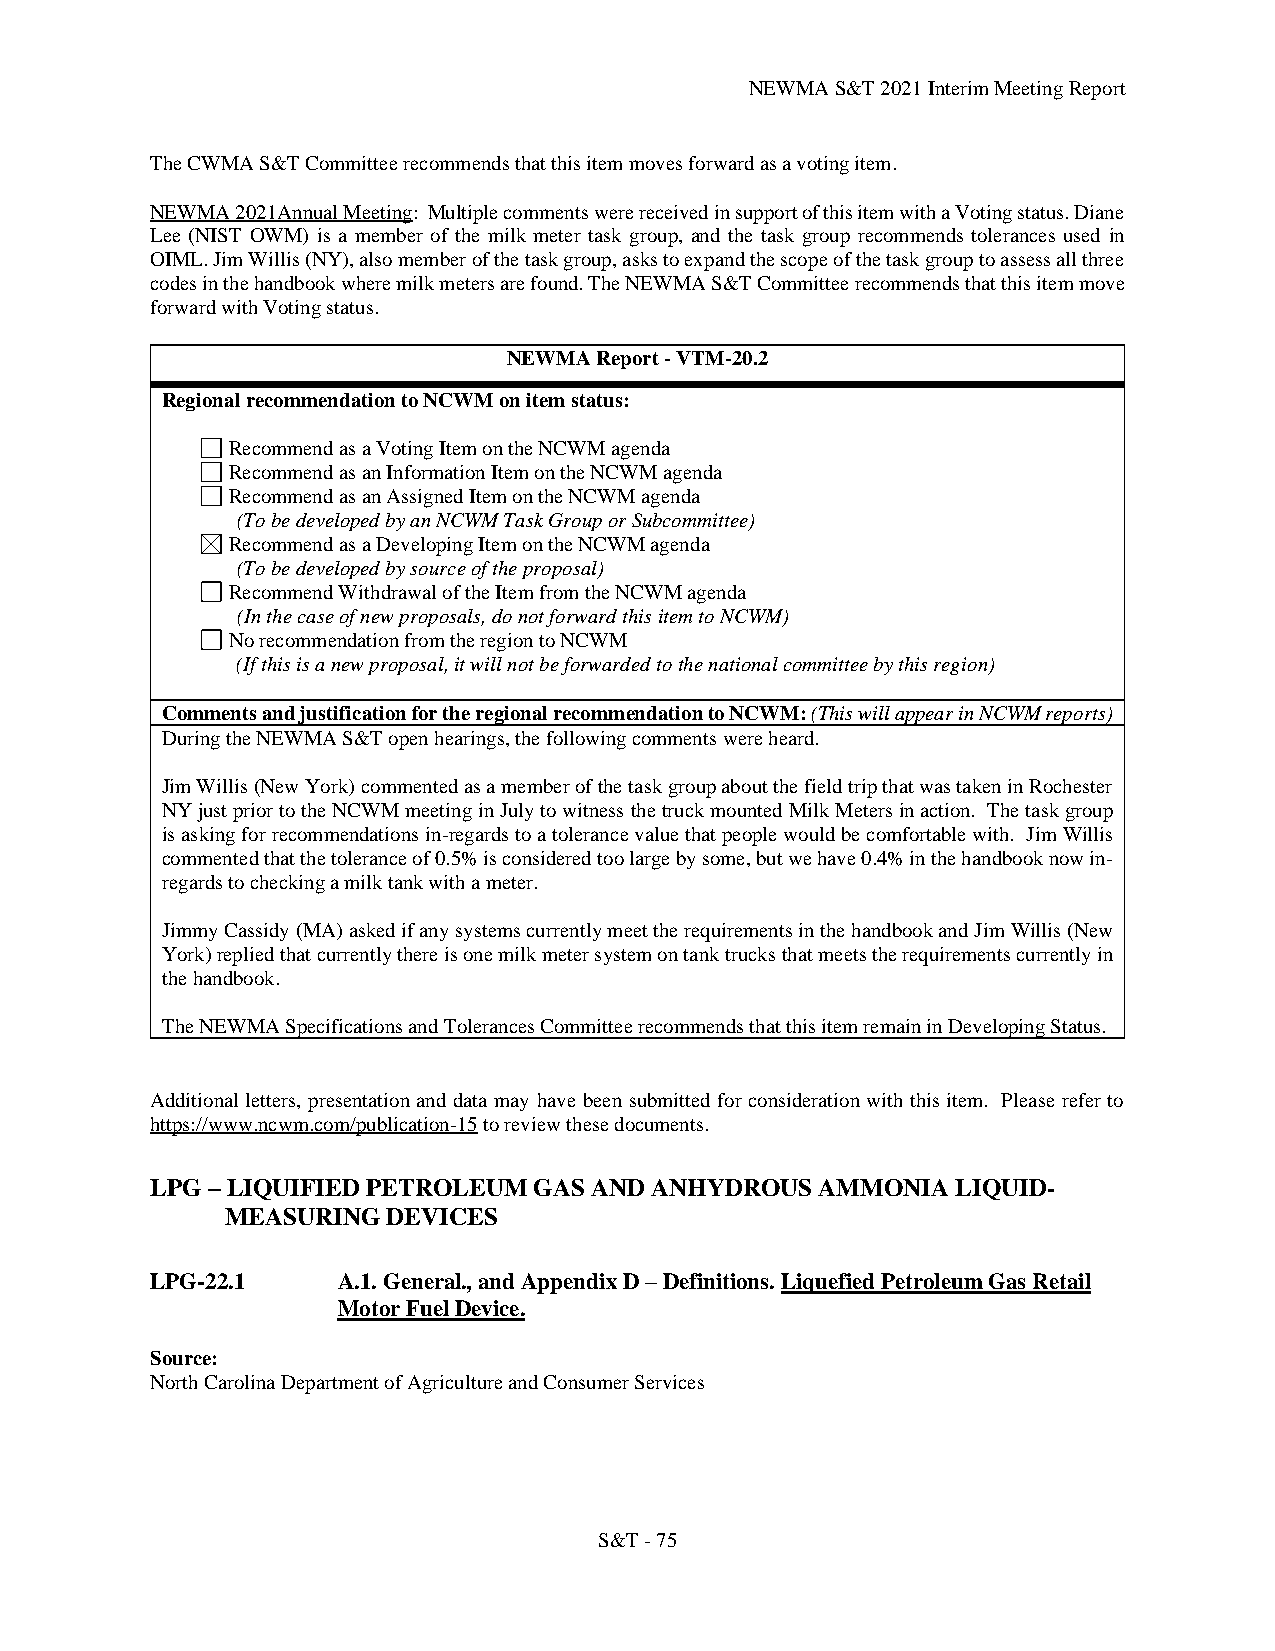
NEWMA S&T 2021 Interim Meeting Report
 The CWMA S&T Committee recommends that this item moves forward as a voting item.
 NEWMA 2021Annual Meeting: Multiple comments were received in support of this item with a Voting status. Diane
 Lee (NIST OWM) is a member of the milk meter task group, and the task group recommends tolerances used in
 OIML. Jim Willis (NY), also member of the task group, asks to expand the scope of the task group to assess all three
 codes in the handbook where milk meters are found. The NEWMA S&T Committee recommends that this item move
 forward with Voting status.
 NEWMA Report - VTM-20.2
 Regional recommendation to NCWM on item status:
 Recommend as a Voting Item on the NCWM agenda
 Recommend as an Information Item on the NCWM agenda
 Recommend as an Assigned Item on the NCWM agenda
 (To be developed by an NCWM Task Group or Subcommittee)
 Recommend as a Developing Item on the NCWM agenda
 (To be developed by source of the proposal)
 Recommend Withdrawal of the Item from the NCWM agenda
 (In the case of new proposals, do not forward this item to NCWM)
 No recommendation from the region to NCWM
 (If this is a new proposal, it will not be forwarded to the national committee by this region)
 Comments and justification for the regional recommendation to NCWM: (This will appear in NCWM reports)
 During the NEWMA S&T open hearings, the following comments were heard.
 Jim Willis (New York) commented as a member of the task group about the field trip that was taken in Rochester
 NY just prior to the NCWM meeting in July to witness the truck mounted Milk Meters in action. The task group
 is asking for recommendations in-regards to a tolerance value that people would be comfortable with. Jim Willis
 commented that the tolerance of 0.5% is considered too large by some, but we have 0.4% in the handbook now in-
 regards to checking a milk tank with a meter.
 Jimmy Cassidy (MA) asked if any systems currently meet the requirements in the handbook and Jim Willis (New
 York) replied that currently there is one milk meter system on tank trucks that meets the requirements currently in
 the handbook.
 The NEWMA Specifications and Tolerances Committee recommends that this item remain in Developing Status.
 Additional letters, presentation and data may have been submitted for consideration with this item. Please refer to
 https://www.ncwm.com/publication-15 to review these documents.
 LPG – LIQUIFIED PETROLEUM GAS AND ANHYDROUS AMMONIA  LIQUID-
 MEASURING  DEVICES
 LPG-22.1    A.1. General., and Appendix D – Definitions. Liquefied Petroleum Gas Retail
 Motor Fuel Device.
 Source:
 North Carolina Department of Agriculture and Consumer Services
 S&T - 75